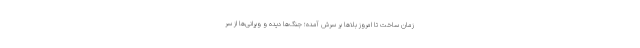
زمان ساخت تا امروز بلاها بر سرش آمده؛ جنگ‌ها دیده و ویرانی‌ها از سر